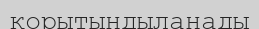
қорытындыланады